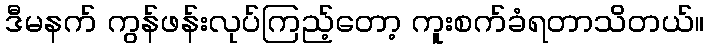
ဒီမနက် ကွန်ဖန်းလုပ်ကြည့်တော့ ကူးစက်ခံရတာသိတယ်။